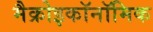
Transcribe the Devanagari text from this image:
मैक्रोइकॉनॉमिक